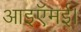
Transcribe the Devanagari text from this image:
आइऍमई।